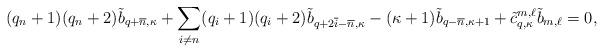
LaTeX: \begin{align*}(q_n +1) (q_n +2) \tilde b_{q+ \overline{n}, \kappa} + \sum_{i \neq n} (q_i + 1) (q_i + 2) \tilde b_{q+ 2 \overline{i} - \overline n, \kappa} - (\kappa +1) \tilde b_{q- \overline{n}, \kappa+1} + \tilde c^{m,\ell} _{q,\kappa} \tilde b_{m,\ell} = 0,\end{align*}